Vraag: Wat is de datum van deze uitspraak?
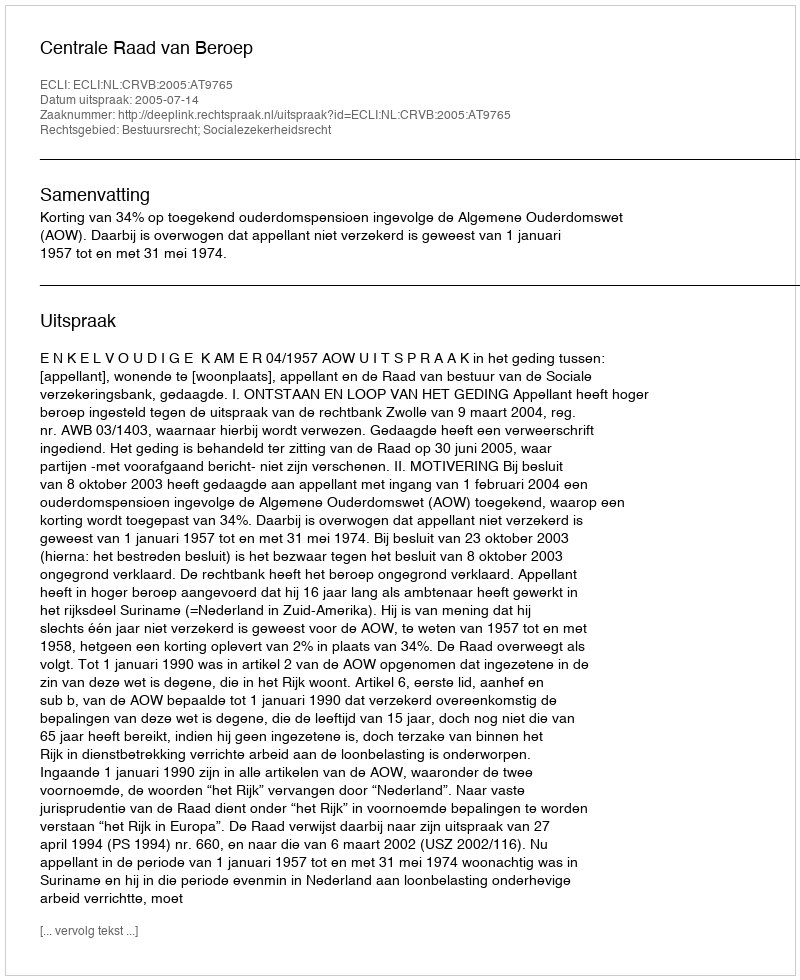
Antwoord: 2005-07-14